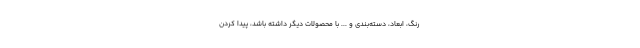
رنگ، ابعاد، دسته‌بندی و ... با محصولات دیگر داشته باشد، پیدا کردن